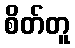
စိတ်တူ